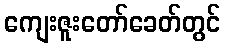
ကျေးဇူးတော်ခေတ်တွင်